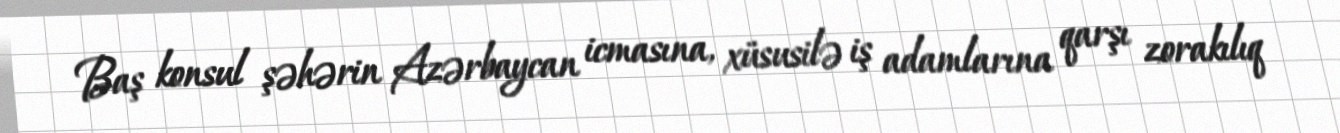
Baş konsul şəhərin Azərbaycan icmasına, xüsusilə iş adamlarına qarşı zorakılıq